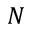
N